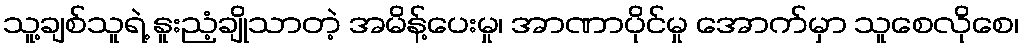
သူ့ချစ်သူရဲ့ နူးညံ့ချိုသာတဲ့ အမိန့်ပေးမှု၊ အာဏာပိုင်မှု အောက်မှာ သူစေလိုစေ၊